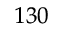
^ { 1 3 0 }